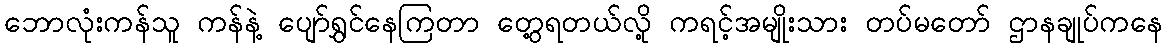
ဘောလုံးကန်သူ ကန်နဲ့ ပျော်ရွှင်နေကြတာ တွေ့ရတယ်လို့ ကရင့်အမျိုးသား တပ်မတော် ဌာနချုပ်ကနေ